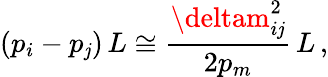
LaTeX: (p_{i}-p_{\mathit{j}})\, L\cong\frac{{\deltam_{i\mathit{j}}^{2}}}{{2p_{m}}}\, L\, ,